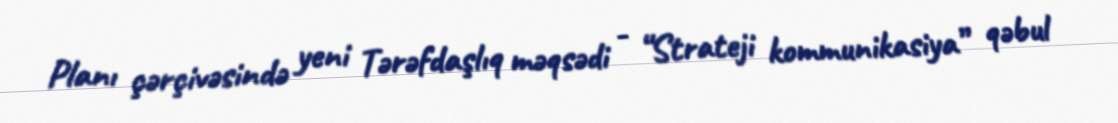
Planı çərçivəsində yeni Tərəfdaşlıq məqsədi - “Strateji kommunikasiya” qəbul